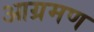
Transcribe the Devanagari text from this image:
आग्रमण